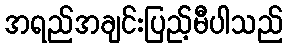
အရည်အချင်းပြည့်မီပါသည်